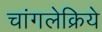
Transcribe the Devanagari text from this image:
चांगलेक्रिये